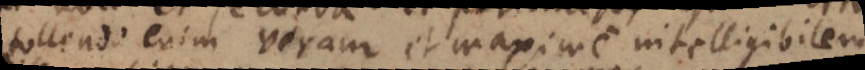
tollendo enim veram et maxime intelligibilem